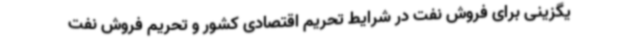
یگزینی برای فروش نفت در شرایط تحریم اقتصادی کشور و تحریم فروش نفت